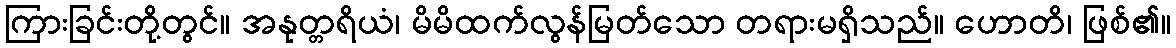
ကြားခြင်းတို့တွင်။ အနုတ္တရိယံ၊ မိမိထက်လွန်မြတ်သော တရားမရှိသည်။ ဟောတိ၊ ဖြစ်၏။